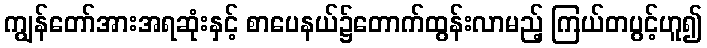
ကျွန်တော်အားအရဆုံးနှင့် စာပေနယ်၌တောက်ထွန်းလာမည့် ကြယ်တပွင့်ဟူ၍